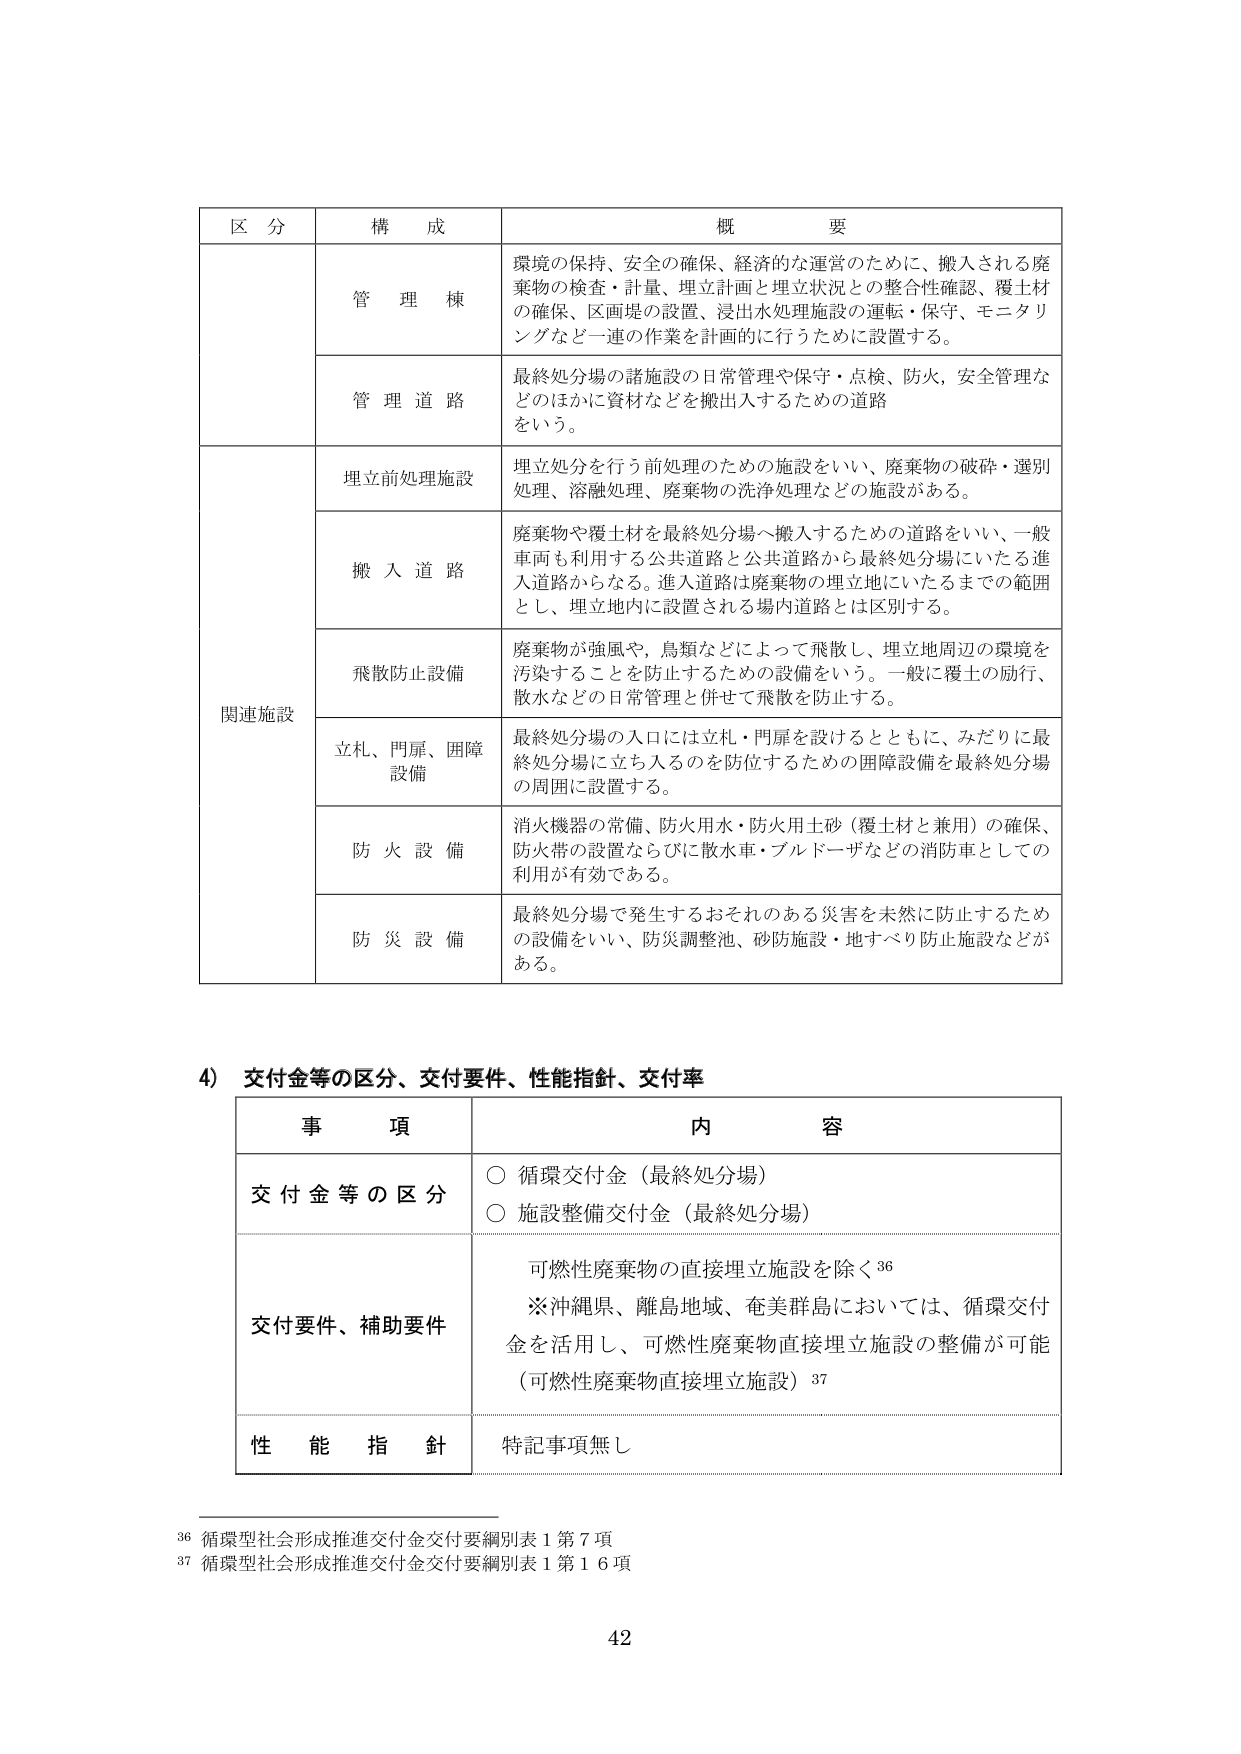
区 分 構 成 概 要
管理棟 環境の保持、安全の確保、経済的な運営のために、搬入される廃棄物の検査・計量、埋立計画と埋立状況との整合性確認、覆土材の確保、区画堤の設置、浸出水処理施設の運転・保守、モニタリングなど一連の作業を計画的に行うために設置する。
管理道路 最終処分場の諸施設の日常管理や保守・点検、防火、安全管理などのほかに資材などを搬出入するための道路をいう。
関連施設 埋立前処理施設 埋立処分を行う前処理のための施設をいい、廃棄物の破砕・選別処理、溶融処理、廃棄物の洗浄処理などの施設がある。
搬入道路 廃棄物や覆土材を最終処分場へ搬入するための道路をいい、一般車両も利用する公共道路と公共道路から最終処分場にいたる進入道路からなる。進入道路は廃棄物の埋立地にいたるまでの範囲とし、埋立地内に設置される場内道路とは区別する。
飛散防止設備 廃棄物が強風や、鳥類などによって飛散し、埋立地周辺の環境を汚染することを防止するための設備をいう。一般に覆土の励行、散水などの日常管理と併せて飛散を防止する。
立札、門扉、囲障設備 最終処分場の入口には立札・門扉を設けるとともに、みだりに最終処分場に立ち入るのを防位するための囲障設備を最終処分場の周囲に設置する。
防火設備 消火機器の常備、防火用水・防火用土砂（覆土材と兼用）の確保、防火帯の設置ならびに散水車・ブルドーザなどの消防車としての利用が有効である。
防災設備 最終処分場で発生するおそれのある災害を未然に防止するための設備をいい、防災調整池、砂防施設・地すべり防止施設などがある。

4) 交付金等の区分、交付要件、性能指針、交付率
事 項 内 容
交付金等の区分 ○ 循環交付金（最終処分場）
○ 施設整備交付金（最終処分場）
交付要件、補助要件 可燃性廃棄物の直接埋立施設を除く36
※沖縄県、離島地域、奄美群島においては、循環交付金を活用し、可燃性廃棄物直接埋立施設の整備が可能（可燃性廃棄物直接埋立施設）37
性能指針 特記事項無し

36 循環型社会形成推進交付金交付要綱別表1第7項
37 循環型社会形成推進交付金交付要綱別表1第16項
42